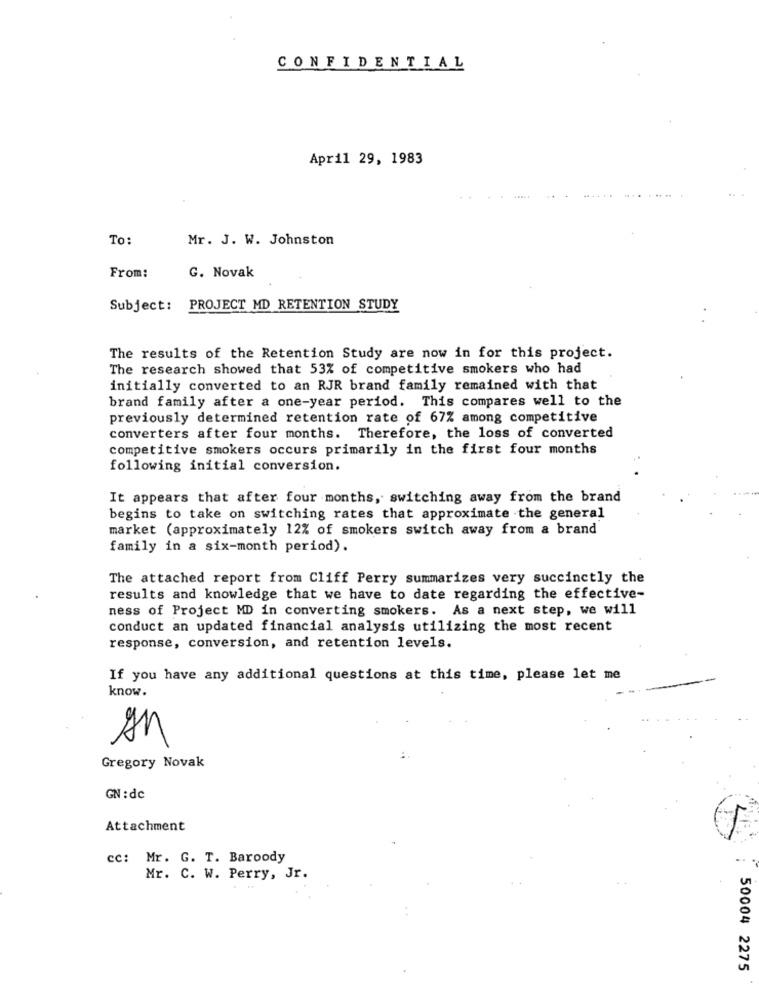
CONFIDENTIAL
April 29, 1983
To:
Mr. J. W. Johnston
From:
G. Novak
Subject: PROJECT MD RETENTION STUDY
.
The results of the Retention Study are now in for this project.
The research showed that 53% of competitive smokers who had
initially converted to an RJR brand family remained with that
brand family after a one-year period. This compares well to the
previously determined retention rate of 67% among competitive
converters after four months. Therefore, the loss of converted
competitive smokers occurs primarily in the first four months
following initial conversion.
It appears that after four months, switching away from the brand
begins to take on switching rates that approximate the general
market (approximately 12% of smokers switch away from a brand
family in a six-month period).
The attached report from Cliff Perry summarizes very succinctly the
results and knowledge that we have to date regarding the effective-
ness of Project MD in converting smokers. As a next step, we will
conduct an updated financial analysis utilizing the most recent
response, conversion, and retention levels.
If you have any additional questions at this time, please let me
know.
An
Gregory Novak
GN : dc
Attachment
cc: Mr. G. T. Baroody
Mr. C. W. Perry, Jr.
50004 2275